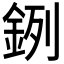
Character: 𨦙